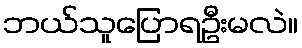
ဘယ်သူပြောရဦးမလဲ။